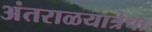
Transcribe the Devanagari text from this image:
अंतराळयात्रेचा